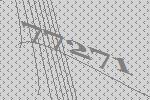
77271